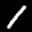
Label: 1